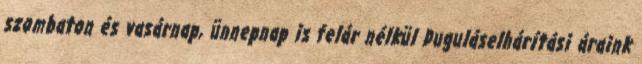
szombaton és vasárnap, ünnepnap is felár nélkül Duguláselhárítási áraink